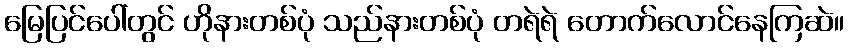
မြေပြင်ပေါ်တွင် ဟိုနားတစ်ပုံ သည်နားတစ်ပုံ တရဲရဲ တောက်လောင်နေကြဆဲ။